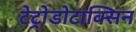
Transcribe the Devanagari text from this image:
टेट्रोडोटाक्सिन